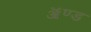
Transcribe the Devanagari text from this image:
ॲण्‍ड